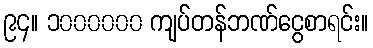
၉၄။ ၁၀၀၀၀၀၀ ကျပ်တန်ဘဏ်ငွေစာရင်း။